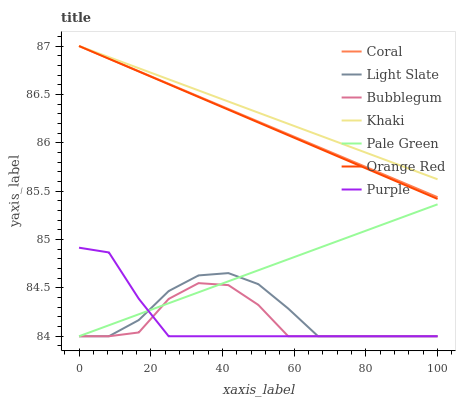
| xaxis_label | Coral | Light Slate | Bubblegum | Khaki | Pale Green | Orange Red | Purple |
 | --- | --- | --- | --- | --- | --- | --- | --- |
 | 0 | 87 | 84 | 84 | 87 | 84 | 87 | 84.9 |
 | 8.33 | 86.9 | 84 | 84 | 86.9 | 84.1 | 86.9 | 84.9 |
 | 16.7 | 86.7 | 84.2 | 84 | 86.8 | 84.2 | 86.7 | 84.4 |
 | 25 | 86.6 | 84.5 | 84.4 | 86.7 | 84.3 | 86.6 | 84 |
 | 33.3 | 86.5 | 84.6 | 84.5 | 86.5 | 84.5 | 86.5 | 84 |
 | 41.7 | 86.3 | 84.7 | 84.5 | 86.4 | 84.6 | 86.3 | 84 |
 | 50 | 86.2 | 84.5 | 84.3 | 86.3 | 84.7 | 86.2 | 84 |
 | 58.3 | 86.1 | 84.3 | 84 | 86.2 | 84.8 | 86.1 | 84 |
 | 66.7 | 86 | 84 | 84 | 86.1 | 84.9 | 85.9 | 84 |
 | 75 | 85.8 | 84 | 84 | 86 | 85 | 85.8 | 84 |
 | 83.3 | 85.7 | 84 | 84 | 85.9 | 85.1 | 85.7 | 84 |
 | 91.7 | 85.6 | 84 | 84 | 85.7 | 85.2 | 85.6 | 84 |
 | 100 | 85.4 | 84 | 84 | 85.6 | 85.4 | 85.4 | 84 |